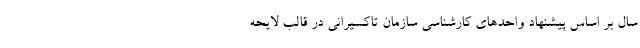
سال بر اساس پیشنهاد واحدهای کارشناسی سازمان تاکسیرانی در قالب لایحه